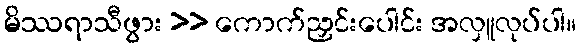
မိဿရာသီဖွား >> ကောက်ညှင်းပေါင်း အလှူလုပ်ပါ။